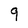
Character: 9